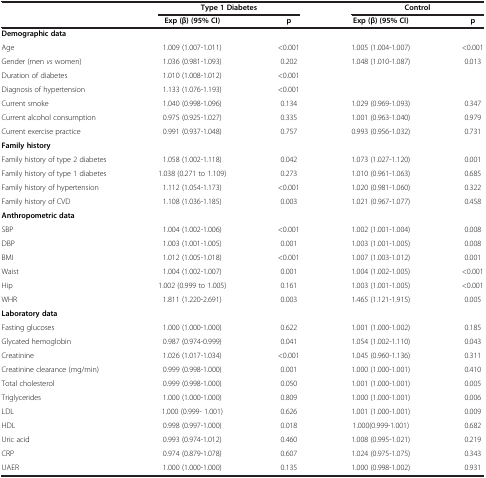
<table><thead><tr><td rowspan="2"><b> </b></td><td colspan="2"><b>Type 1 Diabetes</b></td><td colspan="2"><b>Control</b></td></tr><tr><td><b>Exp (β) (95% CI)</b></td><td><b>p</b></td><td><b>Exp (β) (95% CI)</b></td><td><b>p</b></td></tr></thead><tbody><tr><td colspan="5"><b>Demographic data</b></td></tr><tr><td>Age</td><td>1.009 (1.007-1.011)</td><td>&lt;0.001</td><td>1.005 (1.004-1.007)</td><td>&lt;0.001</td></tr><tr><td>Gender (men <i>vs</i> women)</td><td>1.036 (0.981-1.093)</td><td>0.202</td><td>1.048 (1.010-1.087)</td><td>0.013</td></tr><tr><td>Duration of diabetes</td><td>1.010 (1.008-1.012)</td><td>&lt;0.001</td><td> </td><td> </td></tr><tr><td>Diagnosis of hypertension</td><td>1.133 (1.076-1.193)</td><td>&lt;0.001</td><td> </td><td> </td></tr><tr><td>Current smoke</td><td>1.040 (0.998-1.096)</td><td>0.134</td><td>1.029 (0.969-1.093)</td><td>0.347</td></tr><tr><td>Current alcohol consumption</td><td>0.975 (0.925-1.027)</td><td>0.335</td><td>1.001 (0.963-1.040)</td><td>0.979</td></tr><tr><td>Current exercise practice</td><td>0.991 (0.937-1.048)</td><td>0.757</td><td>0.993 (0.956-1.032)</td><td>0.731</td></tr><tr><td colspan="5"><b>Family history</b></td></tr><tr><td>Family history of type 2 diabetes</td><td>1.058 (1.002-1.118)</td><td>0.042</td><td>1.073 (1.027-1.120)</td><td>0.001</td></tr><tr><td>Family history of type 1 diabetes</td><td>1.038 (0.271 to 1.109)</td><td>0.273</td><td>1.010 (0.961-1.063)</td><td>0.685</td></tr><tr><td>Family history of hypertension</td><td>1.112 (1.054-1.173)</td><td>&lt;0.001</td><td>1.020 (0.981-1.060)</td><td>0.322</td></tr><tr><td>Family history of CVD</td><td>1.108 (1.036-1.185)</td><td>0.003</td><td>1.021 (0.967-1.077)</td><td>0.458</td></tr><tr><td colspan="5"><b>Anthropometric data</b></td></tr><tr><td>SBP</td><td>1.004 (1.002-1.006)</td><td>&lt;0.001</td><td>1.002 (1.001-1.004)</td><td>0.008</td></tr><tr><td>DBP</td><td>1.003 (1.001-1.005)</td><td>0.001</td><td>1.003 (1.001-1.005)</td><td>0.008</td></tr><tr><td>BMI</td><td>1.012 (1.005-1.018)</td><td>&lt;0.001</td><td>1.007 (1.003-1.012)</td><td>0.001</td></tr><tr><td>Waist</td><td>1.004 (1.002-1.007)</td><td>0.001</td><td>1.004 (1.002-1.005)</td><td>&lt;0.001</td></tr><tr><td>Hip</td><td>1.002 (0.999 to 1.005)</td><td>0.161</td><td>1.003 (1.001-1.005)</td><td>&lt;0.001</td></tr><tr><td>WHR</td><td>1.811 (1.220-2.691)</td><td>0.003</td><td>1.465 (1.121-1.915)</td><td>0.005</td></tr><tr><td colspan="5"><b>Laboratory data</b></td></tr><tr><td>Fasting glucoses</td><td>1.000 (1.000-1.000)</td><td>0.622</td><td>1.001 (1.000-1.002)</td><td>0.185</td></tr><tr><td>Glycated hemoglobin</td><td>0.987 (0.974-0.999)</td><td>0.041</td><td>1.054 (1.002-1.110)</td><td>0.043</td></tr><tr><td>Creatinine</td><td>1.026 (1.017-1.034)</td><td>&lt;0.001</td><td>1.045 (0.960-1.136)</td><td>0.311</td></tr><tr><td>Creatinine clearance (mg/min)</td><td>0.999 (0.998-1.000)</td><td>0.001</td><td>1.000 (1.000-1.001)</td><td>0.410</td></tr><tr><td>Total cholesterol</td><td>0.999 (0.998-1.000)</td><td>0.050</td><td>1.001 (1.000-1.001)</td><td>0.005</td></tr><tr><td>Triglycerides</td><td>1.000 (1.000-1.000)</td><td>0.809</td><td>1.000 (1.000-1.001)</td><td>0.006</td></tr><tr><td>LDL</td><td>1.000 (0.999- 1.001)</td><td>0.626</td><td>1.001 (1.000-1.001)</td><td>0.009</td></tr><tr><td>HDL</td><td>0.998 (0.997-1.000)</td><td>0.018</td><td>1.000(0.999-1.001)</td><td>0.682</td></tr><tr><td>Uric acid</td><td>0.993 (0.974-1.012)</td><td>0.460</td><td>1.008 (0.995-1.021)</td><td>0.219</td></tr><tr><td>CRP</td><td>0.974 (0.879-1.078)</td><td>0.607</td><td>1.024 (0.975-1.075)</td><td>0.343</td></tr><tr><td>UAER</td><td>1.000 (1.000-1.000)</td><td>0.135</td><td>1.000 (0.998-1.002)</td><td>0.931</td></tr></tbody></table>